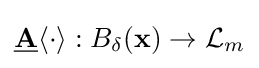
{\underline {\mathbf {A} }}\langle \cdot \rangle :B_{\delta }({\bf {x}})\rightarrow {\mathcal {L}}_{m}